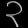
Digit: ၃